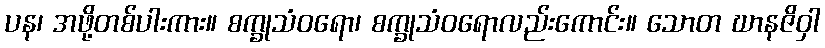
ပန၊ အဖို့တစ်ပါးကား။ စက္ခုသံဝရော၊ စက္ခုသံဝရောလည်းကောင်း။ သောတ ဃာနဇိဝှါ